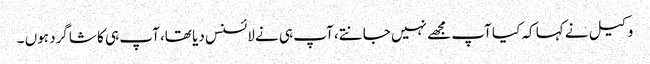
وکیل نے کہا کہ کیا آپ مجھے نہیں جانتے، آپ ہی نے لائسنس دیا تھا، آپ ہی کا شاگرد ہوں ۔